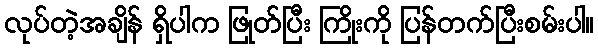
လုပ်တဲ့အချိန် ရှိပါက ဖြုတ်ပြီး ကြိုးကို ပြန်တက်ပြီးစမ်းပါ။